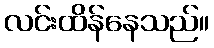
လင်းထိန်နေသည်။